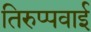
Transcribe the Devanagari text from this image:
तिरुप्पवाई